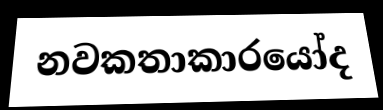
නවකතාකාරයෝද